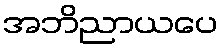
အဘိညာယပေ